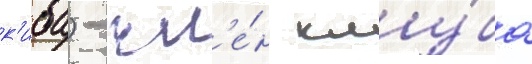
к'иба) - чл'е́н клу́ба